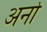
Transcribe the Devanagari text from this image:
अर्नो